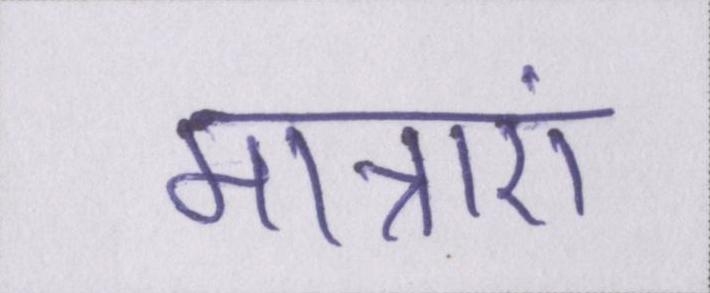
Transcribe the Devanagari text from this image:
मात्राएं